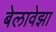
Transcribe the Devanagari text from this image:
बेलावेझा